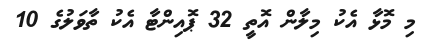
މި މޮޅާ އެކު މިލާން އޮތީ 32 ޕޮއިންޓާ އެކު ތާވަލުގެ 10